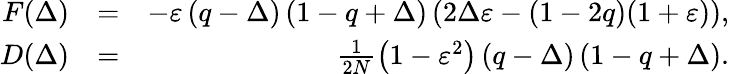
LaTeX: \begin{array}{rlr}{F(\Delta)}&{=}&{-\varepsilon\left(q-\Delta\right)\left(1-q+\Delta\right)\left(2\Delta\varepsilon-\left(1-2q\right)(1+\varepsilon)\right),}\\ {D(\Delta)}&{=}&{\frac{1}{2N}\left(1-\varepsilon^{2}\right)\left(q-\Delta\right)\left(1-q+\Delta\right).}\end{array}